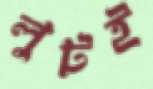
লুটই